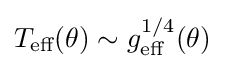
T_{\text{eff}}(\theta )\sim g_{\text{eff}}^{1/4}(\theta )